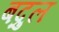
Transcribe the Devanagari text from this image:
बद्रुल